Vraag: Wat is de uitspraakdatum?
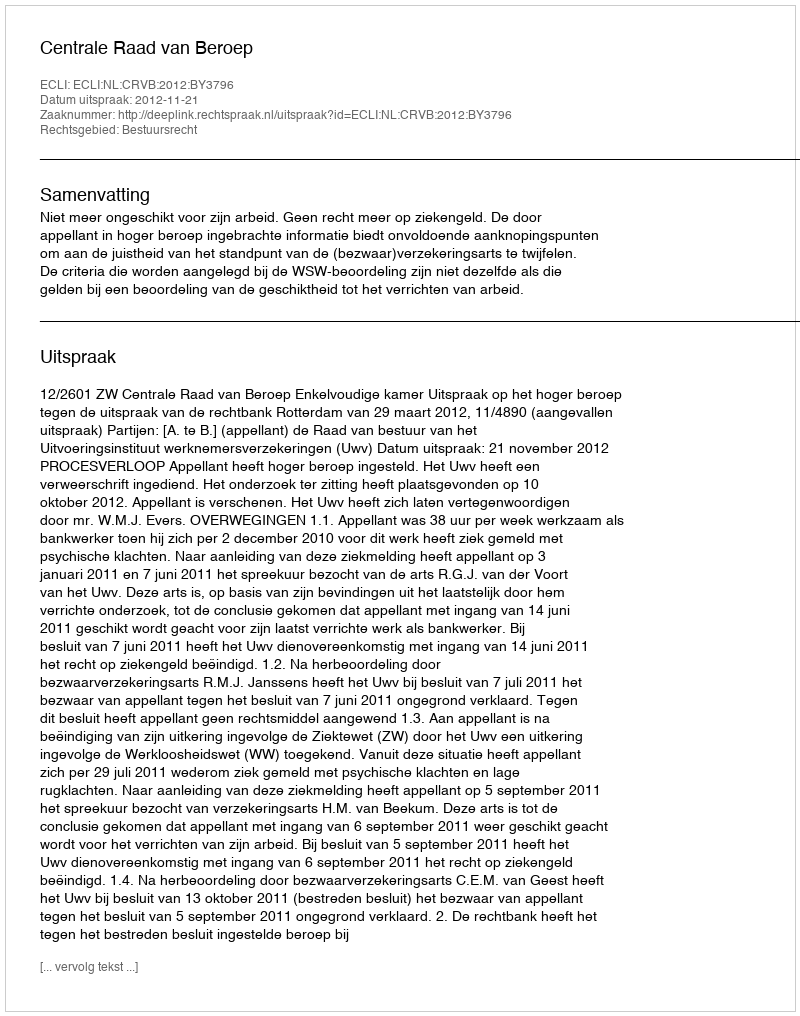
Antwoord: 2012-11-21